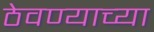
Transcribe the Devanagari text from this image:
ठेवण्‍याच्‍या